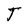
Character: T